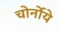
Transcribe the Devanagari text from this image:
चोर्नोये